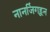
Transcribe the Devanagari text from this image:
नानजिंगहून